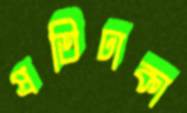
প্রতিঢাকা